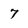
Character: 7